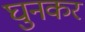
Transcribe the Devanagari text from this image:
घुनकर